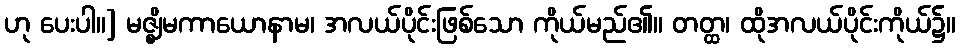
ဟု ပေးပါ။] မဇ္ဈိမကာယောနာမ၊ အလယ်ပိုင်းဖြစ်သော ကိုယ်မည်၏။ တတ္ထ၊ ထိုအလယ်ပိုင်းကိုယ်၌။